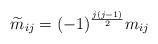
\begin{align*}\widetilde m_{ij}=(-1)^{\frac{j(j-1)}{2}}m_{ij}\end{align*}